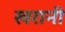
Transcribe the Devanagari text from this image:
खरानी